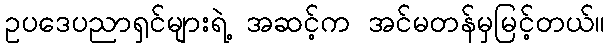
ဥပဒေပညာရှင်များရဲ့ အဆင့်က အင်မတန်မှမြင့်တယ်။